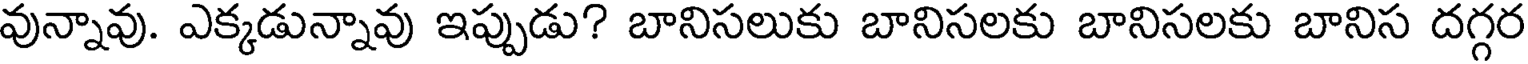
వున్నావు. ఎక్కడున్నావు ఇప్పుడు? బానిసలుకు బానిసలకు బానిసలకు బానిస దగ్గర